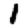
Digit: 1